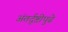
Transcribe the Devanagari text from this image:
अंतर्दृष्टीपुढे